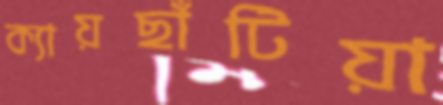
ক্যায়ছাঁটিয়া